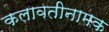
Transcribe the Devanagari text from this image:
कलावतीनामक